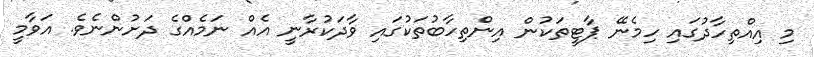
މި އިއްތިހާދުގައި ހިމެނޭ ޕާޓީތަކުން އިންތިހާބުތަކުގައި ވާދަކުރާނީ އެއް ނަމެއްގެ ދަށުންނެވެ. އަވާމީ